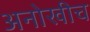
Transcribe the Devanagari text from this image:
अनोखीच